Report on malaria in the Punjab during the year ...  together with an account of the work of the Punjab Malaria Bureau - Volume 3
Disease focus: Malaria
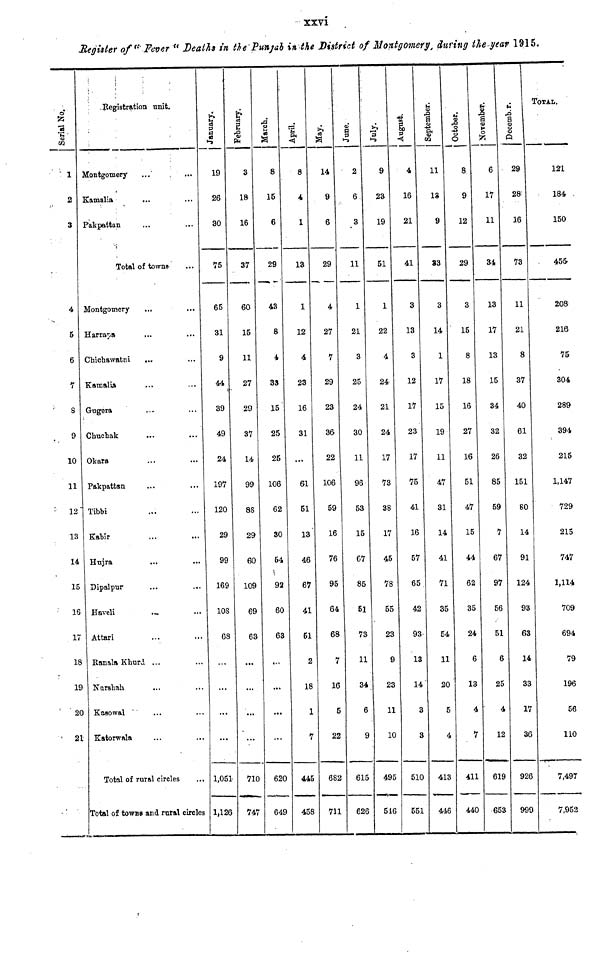
xxvi
Register of "Fever" Deaths in the Punjab in the District of Montgomery, during the year 1915.
Serial No.
1
2
3
4
5
6
7
8
9
10
11
12
13
14
15
16
17
18
19
20
2
Registration unit.
Montgomery ... ...
Kamalia ... ...
Pakpattan ... ...
Total of towns-
Montgomery ... ...
Harrapa ... ...
Chichawatni
... ...
Kamalia ... ...
Gugera ... ...
Chuchak ... ...
Okara ... ...
Pakpattan ... ...
Tibbi ... ...
Kabir ... ...
Hujra ... ...
Dipalpur ... ...
Haveli ... ...
Attari ... ...
Ranala Khurd ... ...
Narshah ... ...
Kasowal ... ...
Katorwala ... ...
Total of rural circles
Total of towns and rural circles
January.
19
26
30
75
65
31
9
44
39
49
24
197
120
29
99
169
108
68
1,051
1,126
February.
3
18
16
37
60
15
11
27
29
37
14
99
88
29
60
109
69
63
710
747
March.
8
15
6
29
43
8
4
33
15
25
25
106
62
30
54
92
60
63
620
649
April.
8
4
1
13
1
12
4
23
16
31
...
61
51
13
46
67
41
51
2
18
7
445
45
May.
14
9
6
29
4
27
7
29
23
3&
22
106
59
16
76
95
64
68
16
22
68
71
June.
2
6.
3
11
1
21
3
25
24
30
11
96
53
15
67
85
51
73
11
34
6
9
615
626
July.
9
23
19
51
1
22
4
24
21
24
17
73
38
17
45
78
55
23
9
23
11
10
495
516
August.
4
16
21
41
3
13
3
12
17
23
17
75
41
16
57
65
42
93
13
14
3
3
510
551
September.
11
13
9
83
3
14
1
17
15
19
11
47
31
14
41
71
35
54
11
20
5
4
413
446
October.
8
9
12
29
3
15
8
18
16
27
16
51
47
15
44
62
35
24
6
13
4
7
411
440
November.
6
17
11
34
13
17
13
15
34
32
26
85
59
7
67
97
56
51
6
25
4
12
619
653
December.
29
28
16
73
11
21
8
37
40
61
32
151
80
14
91
124
93
63
14
33
17
36
926
999
TOTAL.
121
184
150
455
208
216
75
304
289
394
215
1,147
729
215
747
1,114
709
694
79
196
56
110
7,497
7,952